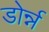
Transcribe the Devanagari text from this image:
डोर्न्न